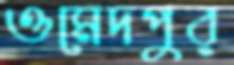
ওমেদপুর